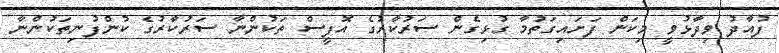
ފުއާދު ވިދާޅުވީ މިކަން ފަށައިގަތުމާ ގުޅިގެން ސަރުކާރުގެ އޮފީސް ތަކުންނާ ސަރުކާރުގެ ކުންފުނިތަކުންނާ